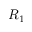
R _ { 1 }